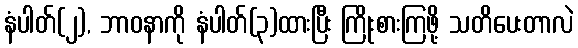
နံပါတ်(၂), ဘာဝနာကို နံပါတ်(၃)ထားပြီး ကြိုးစားကြဖို့ သတိပေးတာလဲ